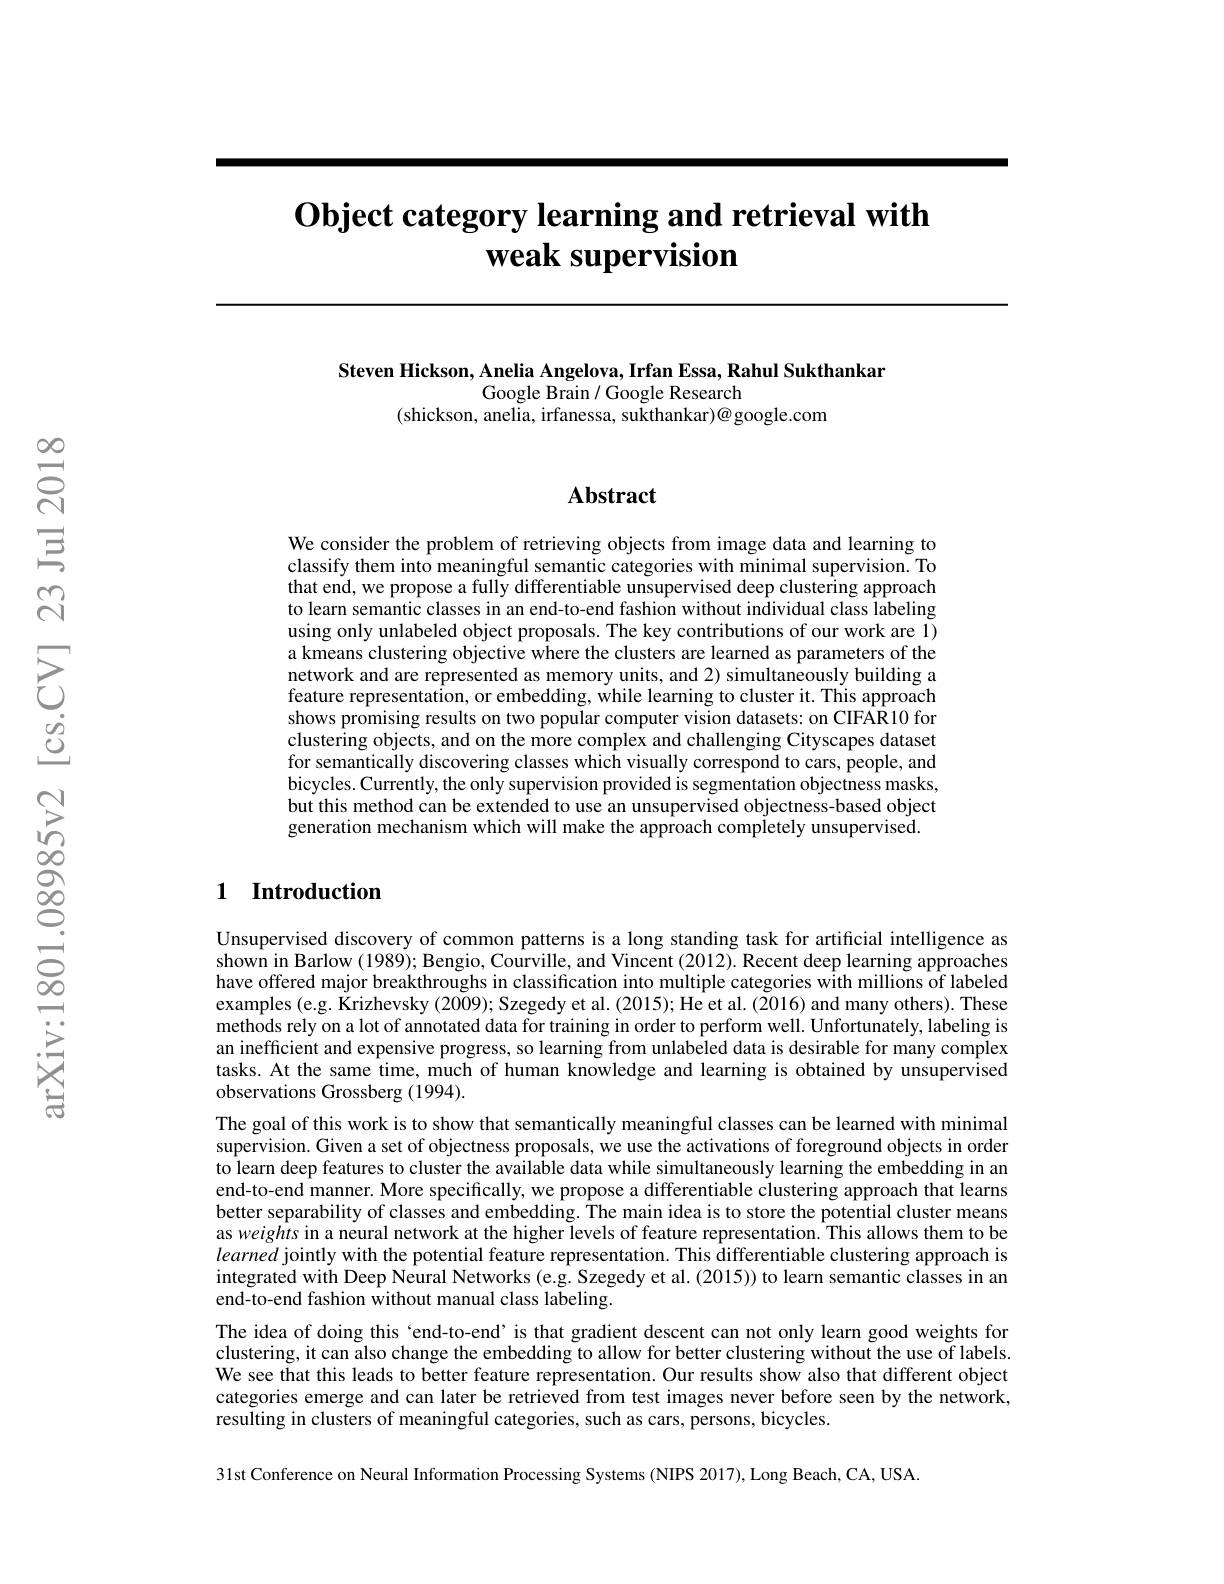
# $\textbf{Object category learning and retrieval with}$ $\textbf{weak supervision}$

Steven Hickson, Anelia Angelova, Irfan Essa, Rahul Sukthankar
Google Brain / Google Research

## Abstract

We consider the problem of retrieving objects from image data and learning to classify them into meaningful semantic categories with minimal supervision. To that end, we propose a fully differentiable unsupervised deep clustering approach to learn semantic classes in an end-to-end fashion without individual class labeling using only unlabeled object proposals. The key contributions of our work are 1) a kmeans clustering objective where the clusters are learned as parameters of the network and are represented as memory units, and 2) simultaneously building a feature representation, or embedding, while learning to cluster it. This approach shows promising results on two popular computer vision datasets: on CIFAR10 for clustering objects, and on the more complex and challenging Cityscapes dataset for semantically discovering classes which visually correspond to cars, people, and bicycles. Currently, the only supervision provided is segmentation objectness masks, but this method can be extended to use an unsupervised objectness-based object generation mechanism which will make the approach completely unsupervised.

### 1 Introduction

Unsupervised discovery of common patterns is a long standing task for artificial intelligence as shown in Barlow (1989); Bengio, Courville, and Vincent (2012). Recent deep learning approaches have offered major breakthroughs in classification into multiple categories with millions of labeled examples (e.g. Krizhevsky (2009); Szegedy et al. (2015); He et al. (2016) and many others). These methods rely on a lot of annotated data for training in order to perform well. Unfortunately, labeling is an inefficient and expensive progress, so learning from unlabeled data is desirable for many complex tasks. At the same time, much of human knowledge and learning is obtained by unsupervised observations Grossberg (1994).
The goal of this work is to show that semantically meaningful classes can be learned with minimal supervision. Given a set of objectness proposals, we use the activations of foreground objects in order to learn deep features to cluster the available data while simultaneously learning the embedding in an end-to-end manner. More specifically, we propose a differentiable clustering approach that learns better separability of classes and embedding. The main idea is to store the potential cluster means as weights in a neural network at the higher levels of feature representation. This allows them to be learned jointly with the potential feature representation. This differentiable clustering approach is integrated with Deep Neural Networks (e.g. Szegedy et al.(2015)) to learn semantic classes in an end-to-end fashion without manual class labeling.
The idea of doing this `end-to-end’is that gradient descent can not only learn good weights for clustering, it can also change the embedding to allow for better clustering without the use of labels. We see that this leads to better feature representation. Our results show also that different object categories emerge and can later be retrieved from test images never before seen by the network, resulting in clusters of meaningful categories, such as cars, persons, bicycles.

31st Conference on Neural Information Processing Systems (NIPS 2017), Long Beach, CA, USA.